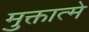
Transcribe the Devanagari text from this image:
मुक्तात्मे